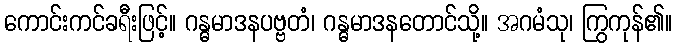
ကောင်းကင်ခရီးဖြင့်။ ဂန္ဓမာဒနပဗ္ဗတံ၊ ဂန္ဓမာဒနတောင်သို့။ အဂမံသု၊ ကြွကုန်၏။